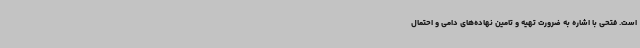
است. فتحی با اشاره به ضرورت تهیه و تامین نهاده‌های دامی و احتمال